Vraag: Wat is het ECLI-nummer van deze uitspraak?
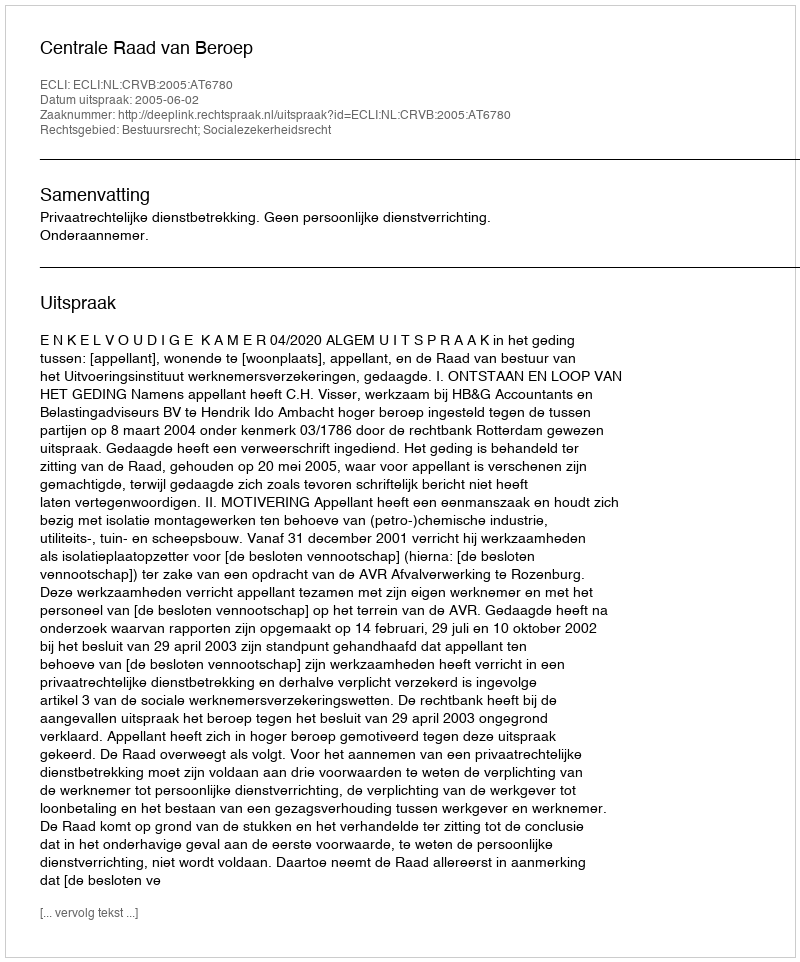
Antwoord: ECLI:NL:CRVB:2005:AT6780